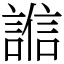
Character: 𧪄